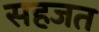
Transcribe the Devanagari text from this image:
सहजत